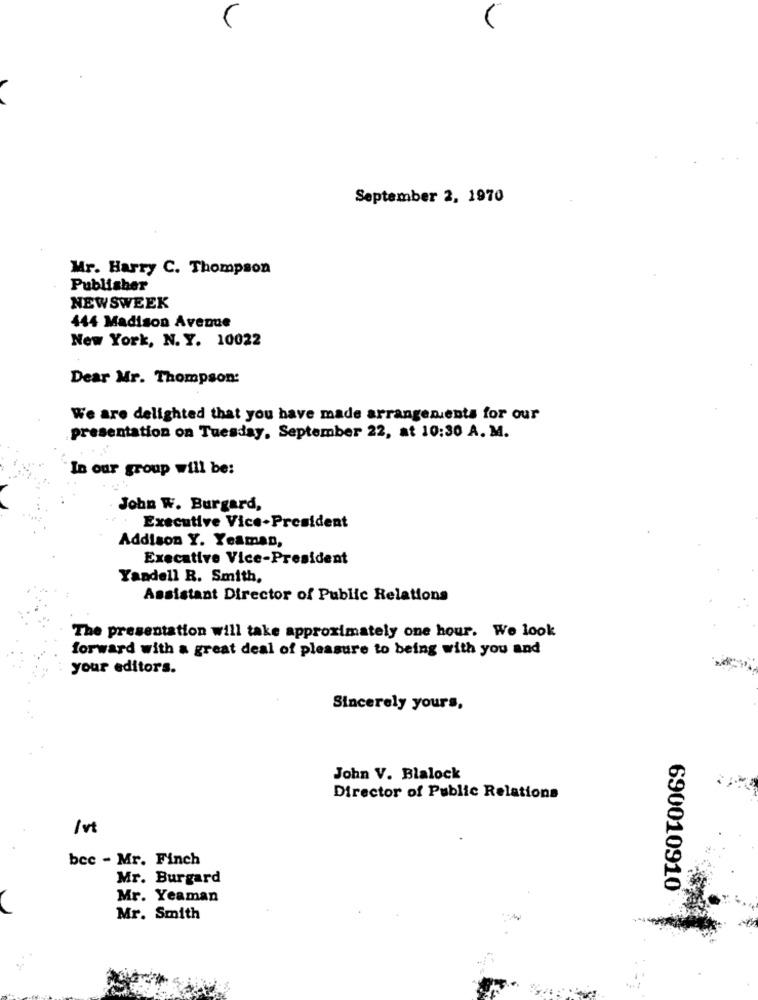
September 2, 1970
Mr. Harry C. Thompson
Publisher
NEWSWEEK
444 Madison Avenue
New York, N. Y. 10022
Dear Mr. Thompson:
We are delighted that you have made arrangements for our
presentation on Tuesday, September 22, at 10:30 A. M.
In our group will be:
John W. Burgard,
Executive Vice-President
Addison Y. Yeaman,
Executive Vice-President
Yandell R. Smith,
Assistant Director of Public Relations
The presentation will take approximately one hour. We look
forward with a great deal of pleasure to being with you and
your editors.
Sincerely yours,
John V. Blalock
Director of Public Relations
Ist
bec - Mr. Finch
Mr. Burgard
690010910
Mr. Yeaman
Mr. Smith